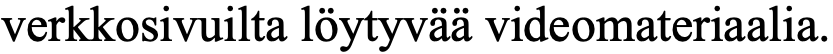
verkkosivuilta löytyvää videomateriaalia.